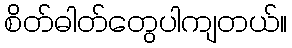
စိတ်ဓါတ်တွေပါကျတယ်။